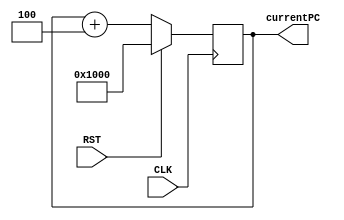
module PC(
	input CLK,
	input RST,
	output [31:0] currentPC
);

reg [31:0] pc;

always @ (posedge CLK) begin
  if(RST)
    pc <= 32'h1000;
  else
    pc <= pc + 32'd4;
end

assign currentPC = pc;

endmodule